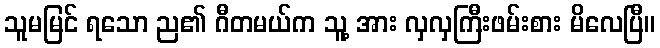
သူမမြင် ရသော ည၏ ဂီတမယ်က သူ့ အား လှလှကြီးဖမ်းစား မိလေပြီ။